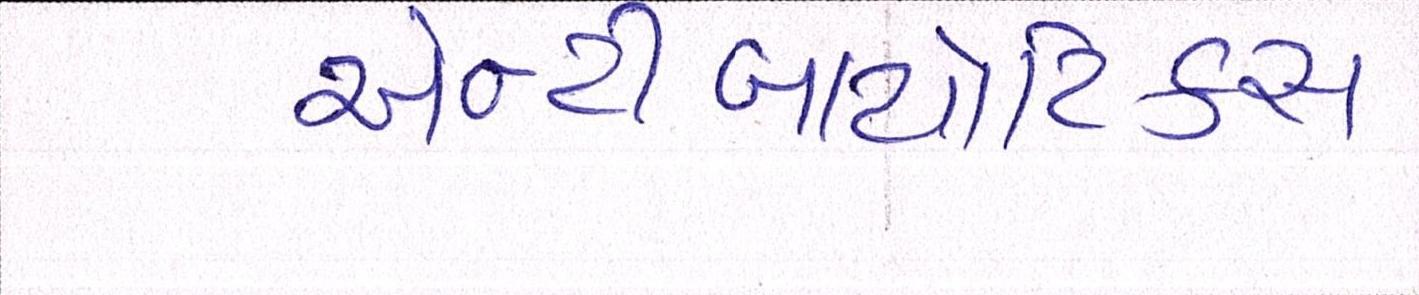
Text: એન્ટીબાયોટિકસ